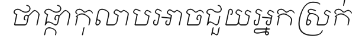
ថាផ្កាកុលាបអាចជួយអ្នកស្រក់